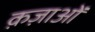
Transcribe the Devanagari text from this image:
क़ज़ाओं